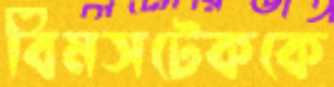
বিমসটেককে